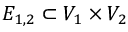
E _ { 1 , 2 } \subset V _ { 1 } \times V _ { 2 }